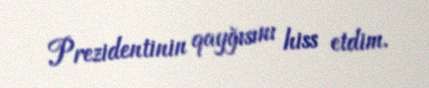
Prezidentinin qayğısını hiss etdim.